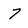
Character: 7